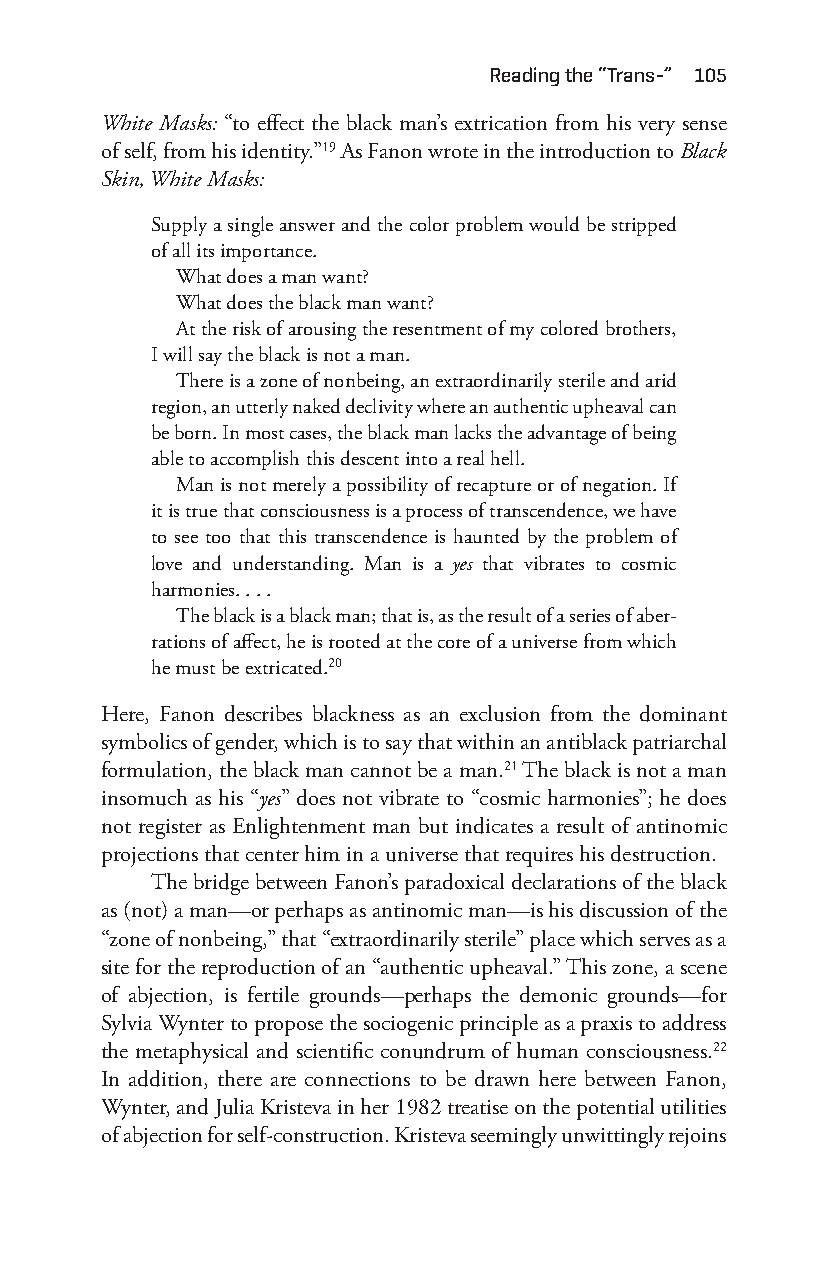
reading the “trans-” 105
 White Masks: “to effect the black man’s extrication from his very sense
 of self, from his identity.”19 As Fanon wrote in the introduction to Black
 Skin, White Masks:
 Supply a single answer and the color problem would be stripped
 of all its importance.
 What does a man want?
 What does the black man want?
 At the risk of arousing the resentment of my colored brothers,
 I will say the black is not a man.
 There is a zone of nonbeing, an extraordinarily sterile and arid
 region, an utterly naked declivity where an authentic upheaval can
 be born. In most cases, the black man lacks the advantage of being
 able to accomplish this descent into a real hell.
 Man is not merely a possibility of recapture or of negation. If
 it is true that consciousness is a process of transcendence, we have
 to see too that this transcendence is haunted by the problem of
 love and understanding. Man is a yes that vibrates to cosmic
 harmonies. . . .
 The black is a black man; that is, as the result of a series of aber-
 rations of affect, he is rooted at the core of a universe from which
 he must be extricated.20
 Here, Fanon describes blackness as an exclusion from the dominant
 symbolics of gender, which is to say that within an antiblack patriarchal
 formulation, the black man cannot be a man.21 The black is not a man
 insomuch as his “yes” does not vibrate to “cosmic harmonies”; he does
 not register as Enlightenment man but indicates a result of antinomic
 projections that center him in a universe that requires his destruction.
 The bridge between Fanon’s paradoxical declarations of the black
 as (not) a man—o r perhaps as antinomic man—i s his discussion of the
 “zone of nonbeing,” that “extraordinarily sterile” place which serves as a
 site for the reproduction of an “authentic upheaval.” This zone, a scene
 of abjection, is fertile grounds— perhaps the demonic grounds— for
 Sylvia Wynter to propose the sociogenic principle as a praxis to address
 the metaphysical and scientific conundrum of human consciousness.22
 In addition, there are connections to be drawn here between Fanon,
 Wynter, and Julia Kristeva in her 1982 treatise on the potential utilities
 of abjection for self- construction. Kristeva seemingly unwittingly rejoins
 Snorton.indd 105                            29/09/2017 8:41:03 AM